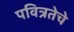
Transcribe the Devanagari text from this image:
पवित्रतेचे